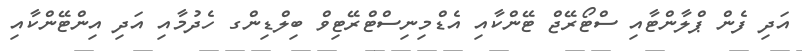
އަދި ފެން ޕްލާންޓާއި ސްޓޯރޭޖް ޓޭންކާއި އެޑްމިނިސްޓްރޭޓިވް ބިލްޑިންގ ހެދުމާއި އަދި އިންޓޭންކާއި